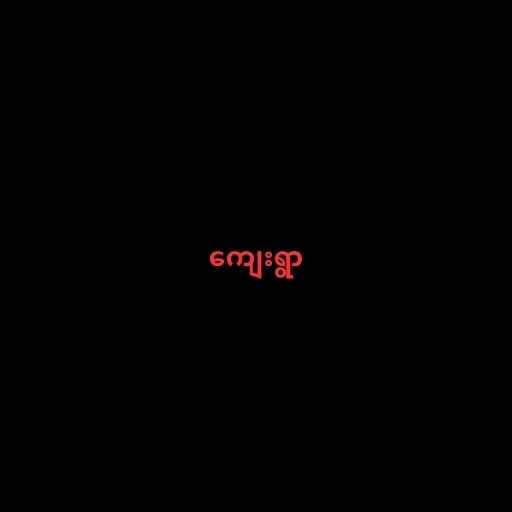
ကျေးရွာ